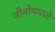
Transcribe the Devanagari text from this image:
जीनोममध्ये